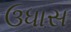
ઉધાસ